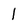
Character: 1